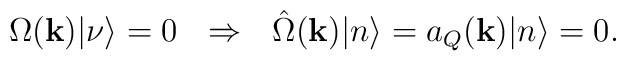
\Omega({\bf k})|\nu\rangle = 0\ \ \Rightarrow\ \ \hat{\Omega}({\bf k})|n\rangle= a_Q({\bf k})|n\rangle = 0.